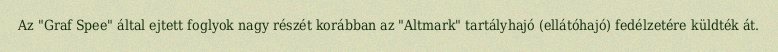
Az "Graf Spee" által ejtett foglyok nagy részét korábban az "Altmark" tartályhajó (ellátóhajó) fedélzetére küldték át.